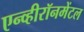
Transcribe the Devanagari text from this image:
एन्व्हीरॉनमेंटल